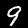
Label: 9